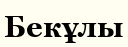
Бекұлы